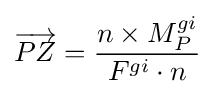
{\overrightarrow {PZ}}={\frac {n\times M_{P}^{gi}}{F^{gi}\cdot n}}